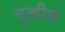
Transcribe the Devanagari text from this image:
मुक्तीस